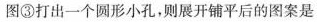
图③打出一个圆形小孔，则展开铺平后的图案是